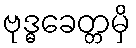
ဗုဒ္ဓခေတ္တမှိ